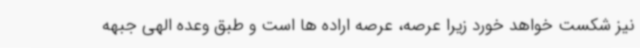
نیز شکست خواهد خورد زیرا عرصه، عرصه اراده ها است و طبق وعده الهی جبهه